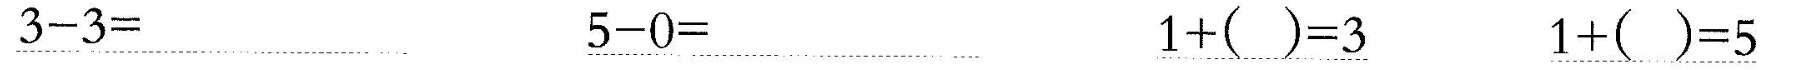
\underline{$$3 - 3 =$$} \underline{$$5 - 0 =$$} \underline{$$1 + ( ) = 3$$} \underline{$$1 + ( ) = 5$$}